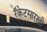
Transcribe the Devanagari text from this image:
रॅकेटसारखी